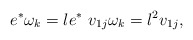
\begin{align*}e^*\omega_k=le^*\,\, v_{1j}\omega_k=l^2v_{1j},\end{align*}